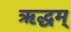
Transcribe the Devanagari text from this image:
ऋद्धम्